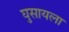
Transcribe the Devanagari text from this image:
घुसायला